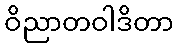
ဝိညာတဝါဒိတာ